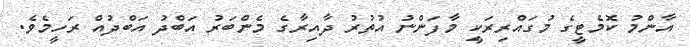
އާންމު ކޮމެޓީގެ މުގައްރިރަކީ މާފަންނު އުތުރު ދާއިރާގެ މެންބަރު އަބްދު އަބްދުއް ރަހީމެވެ.